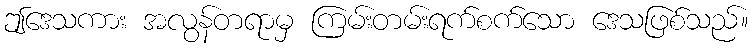
ဤဒေသကား အလွန်တရာမှ ကြမ်းတမ်းရက်စက်သော ဒေသဖြစ်သည်။